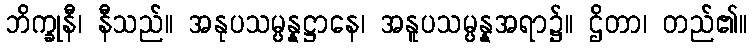
ဘိက္ခုနီ၊ နီသည်။ အနုပသမ္ပန္နဋ္ဌာနေ၊ အနူပသမ္ပန္နအရာ၌။ ဌိတာ၊ တည်၏။